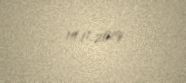
14.11.2019